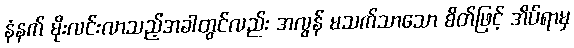
နံနက် မိုးလင်းလာသည့်အခါတွင်လည်း အလွန် မသက်သာသော စိတ်ဖြင့် အိပ်ရာမှ